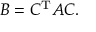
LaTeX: B = C ^ { \mathrm { T } } A C .